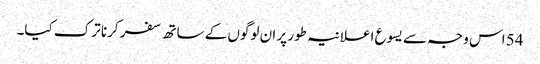
54 اس وجہ سے یسوع اعلانیہ طور پر ان لوگوں کے ساتھ سفر کرنا ترک کیا۔